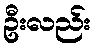
ဦးလည်း